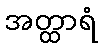
အတ္ထာရံ